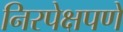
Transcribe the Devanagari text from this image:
निरपेक्षपणे